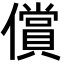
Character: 償